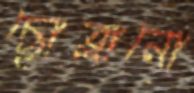
ছোব্‌লানো